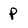
Character: p